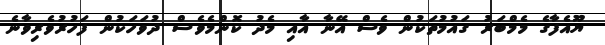
ޔޫއެފާގެ މެމްބަރު ގައުމުތަކުން ވެސް އޭނާ އާއި މެދު ކޮންމެވެސް ދުވަހަކުން ފަހުރުވެރިވާނެ